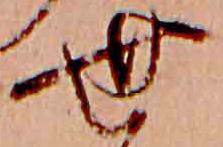
世